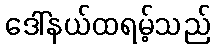
ဒေါ်နယ်ထရမ့်သည်